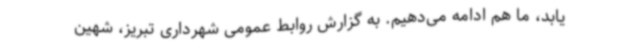
یابد، ما هم ادامه می‌دهیم. به گزارش روابط عمومی شهرداری تبریز، شهین